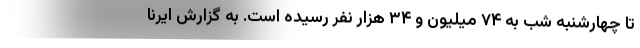
تا چهارشنبه شب به ۷۴ میلیون و ۳۴ هزار نفر رسیده است. به گزارش ایرنا